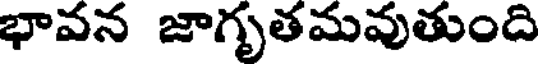
భావన జాగృతమవుతుంది